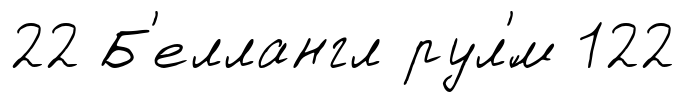
22 Б'еллангл рул'́м 122